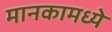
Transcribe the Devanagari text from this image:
मानकामध्ये